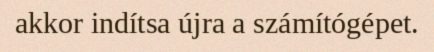
akkor indítsa újra a számítógépet.